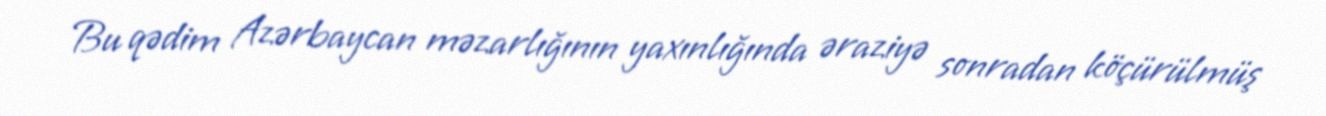
Bu qədim Azərbaycan məzarlığının yaxınlığında əraziyə sonradan köçürülmüş